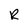
Character: R